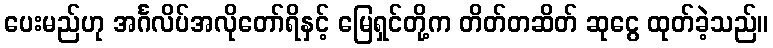
ပေးမည်ဟု အင်္ဂလိပ်အလိုတော်ရိနှင့် မြေရှင်တို့က တိတ်တဆိတ် ဆုငွေ ထုတ်ခဲ့သည်။